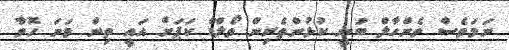
ނަމަވެސް ވެންހާލް ބުނީ ކުޅުންތެރިން ވޯލްޑް ކަޕަށް އައީ ތިން ވަނަ ހޮވާ